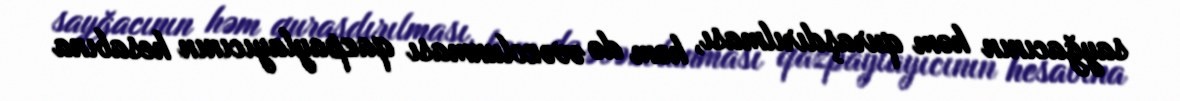
sayğacının həm quraşdırılması, həm də əvəzolunması qazpaylayıcının hesabına